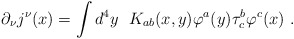
\begin{align*}\partial_{\nu} j^{\nu}(x) = \int d^{4}y \ \ K_{ab}(x,y) \varphi^{a}(y)\tau_{c}^{b} \varphi^{c}(x) \ .\end{align*}